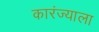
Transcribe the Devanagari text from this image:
कारंज्याला